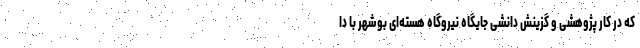
که در کار پژوهشی و گزینش دانشی جایگاه نیروگاه هسته‌ای بوشهر با دا